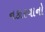
નકારવાનો